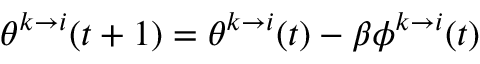
\theta ^ { k \to i } ( t + 1 ) = \theta ^ { k \to i } ( t ) - \beta \phi ^ { k \to i } ( t )